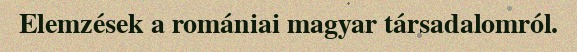
Elemzések a romániai magyar társadalomról.